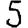
Digit: 5